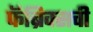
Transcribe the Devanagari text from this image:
फॅब्रिक्सची